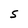
Character: S